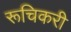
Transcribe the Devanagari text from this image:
रूचिकरी